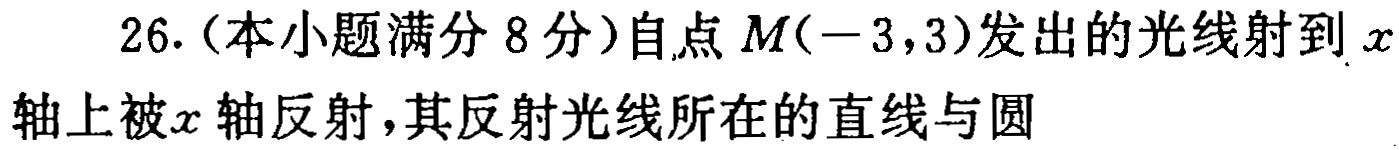
26.（本小题满分 8 分）自点 \(M(-3,3)\)发出的光线射到 \(x\)轴上被\(x\)轴反射，其反射光线所在的直线与圆